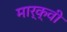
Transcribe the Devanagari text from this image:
मार्क्वी